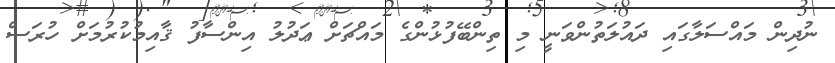
ނުދިން މައްސަލާގައި ދައުލަތުންވަނީ މި ތިންބޭފުޅުންގެ މައްޗަށް ޢަދުލު އިންސާފު ޤާއިމުކުރުމަށް ހުރަސް